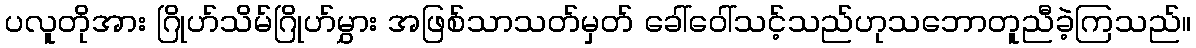
ပလူတိုအား ဂြိုဟ်သိမ်ဂြိုဟ်မွှား အဖြစ်သာသတ်မှတ် ခေါ်ဝေါ်သင့်သည်ဟုသဘောတူညီခဲ့ကြသည်။